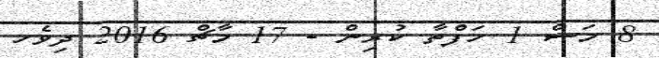
8 މަސް 1 ހަފްތާ ކުރިން - 17 މާޗް 2016 ދިވެހ